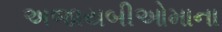
અજાયબીઓમાના